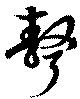
聱